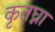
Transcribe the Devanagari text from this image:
कृतघ्ना